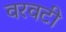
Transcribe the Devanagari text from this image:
वरवटी